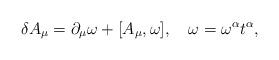
LaTeX: \begin{align*}\delta A_{\mu}=\partial_{\mu}\omega+[A_{\mu},\omega],\quad \omega=\omega^{\alpha}t^{\alpha}, \end{align*}